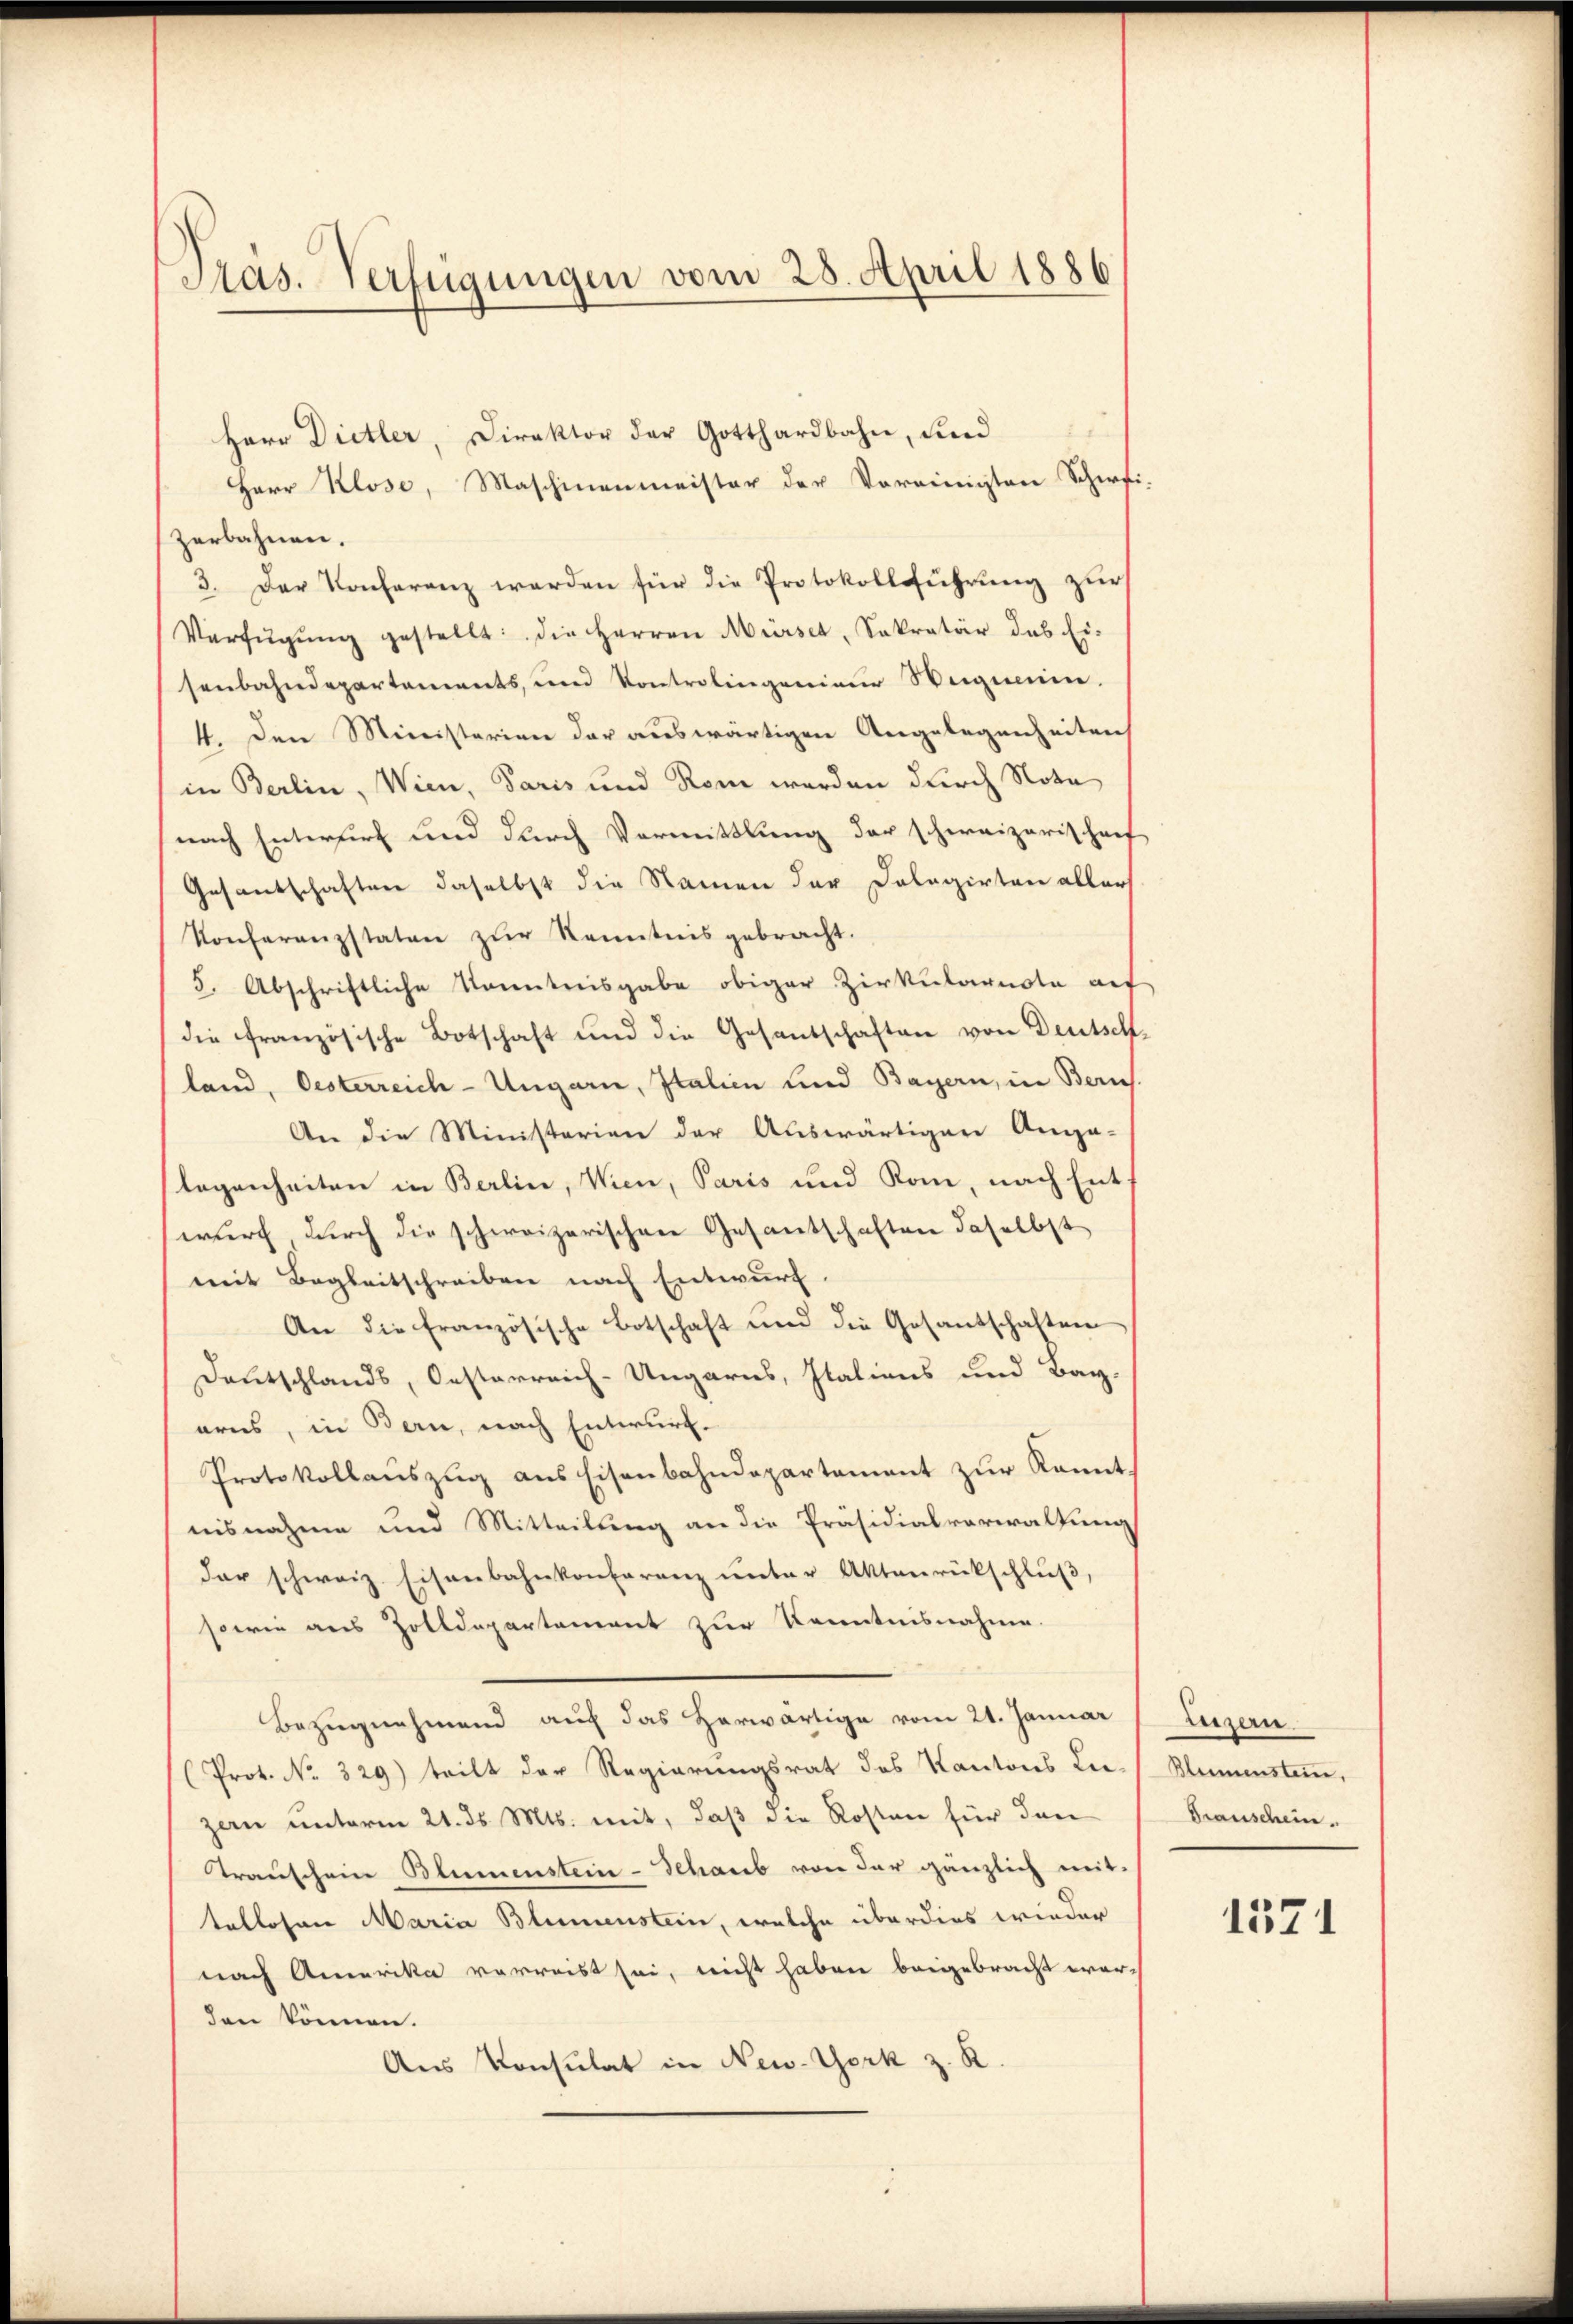
Präs. Verfügungen vom 28. April 1886

Herr Dietler, Direktor der Gotthardbahn, und
Herr Klose, Maschinenmeister der Vereinigten Schirfi-
zerbahnen.
3. Der Konferenz werden für die Protokollführung zur
Verfügŭng gestellt: die Herren Mürse, Sekretär des Ei-
senbahndepartements, und Kontrolingenieur Weigen.
4. Den Ministerien der auswärtigen Angelegenheiten
in Berlin, Wien, Paris und Rom werden durch Nota
nach Entwurf und durch Vormittlung der schweizerischenf
Gesandschaften daselbst die Namen der Dolagirten aller
Konferenzstaten zŭr Kenntnis gebracht.
5. Abschriftliche Kenntnisgabe obiger Zirkulareste auf
die französische Botschaft und die Gesandschaften von Deutsch-
land, Oesterreich-Ungarn, Italien und Bayern, in Zürich
An die Ministerien der Auswärtigen Anga-
legenheiten in Berlin, Wien, Paris und Rom, nach Ent
wurf, durch die schweizerischen Gesandschaften daselbst
mit Begleitschreiben nach Entwurf.
An die Französische Botschaft und die Gesantschaften
Deutschlands, Oesterreich-Ungarns, Italiens und Bay-
arns, in Bern, nach Entwurf.
Protokollaŭszŭg ans Eisenbahndepartement zur Kannt
nisnahme und Mitteilung an die Präsidialverwaltung
der schweiz. Eisenbahnkonferenz unter Aktenrückschluß,
sowie aus Zolldepartement zur Kenntnisnahme.
Bezugnehmend auch das herwärtige vom 21. Januar
(Prot. No. 329) teilt der Regierungsrat des Kantons Lei-
zern unterm 21. ds. Mts. mit, daß die Kosten für den
Transchein Blumenstein-Schaub von der gänzlich mit
tellosen Maria Blumenstein, welche überdies wieder
nach Amerika verreist sei, nicht haben beigebracht wer-
den können.
Aus Konsulat in New-York z. R.

Eeizern
Blumenstein,
Grauschein.

1571